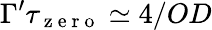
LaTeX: \Gamma^{\prime}\tau_{\mathrm{~z~e~r~o~}}\simeq 4/OD